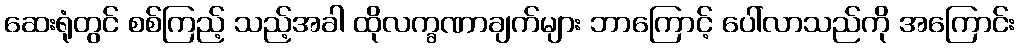
ဆေးရုံတွင် စစ်ကြည့် သည့်အခါ ထိုလက္ခဏာချက်များ ဘာကြောင့် ပေါ်လာသည်ကို အကြောင်း